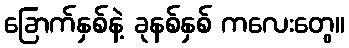
ခြောက်နှစ်နဲ့ ခုနစ်နှစ် ကလေးတွေ။